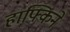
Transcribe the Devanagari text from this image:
हाफ्किने